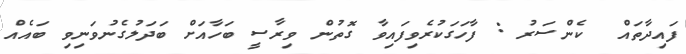
ފައިދާތައް  ކެންސަރު : ފާހަގަކުރެވިފައިވާ ގޮތުން ވިރާސީ ބަހާއަށް ބަދަލުގެނުވަނިވި ބައެއް